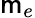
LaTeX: \mathsf{m}_{e}